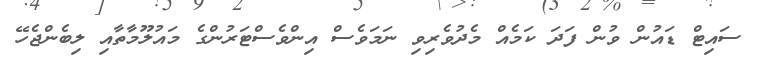
ސައިޓް ޑައުން ވުން ފަދަ ކަމެއް މެދުވެރިވި ނަމަވެސް އިންވެސްޓަރުންގެ މައުލޫމާތާއި ލިބެންޖެހޭ